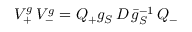
{ \cal V } _ { + } ^ { g } \, { \cal V } _ { - } ^ { g } = { \cal Q } _ { + } g _ { S } \, { \cal D } \, \bar { g } _ { S } ^ { - 1 } \, { \cal Q } _ { - }